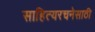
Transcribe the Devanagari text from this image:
साहित्यरचनेसाठी